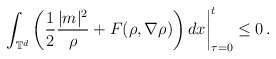
\begin{align*} \left. \int_{\mathbb{T}^d}\left ( \frac{1}{2} \frac{|m|^2}{\rho} + F(\rho,\nabla\rho) \right)dx \right |^{t}_{\tau=0}\leq 0\, .\end{align*}